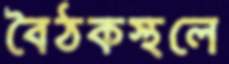
বৈঠকস্থলে